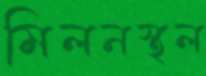
মিলনস্থল